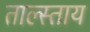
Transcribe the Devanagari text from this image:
ताल्स्ताय